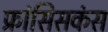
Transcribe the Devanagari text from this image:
फ्रांसिसकंस